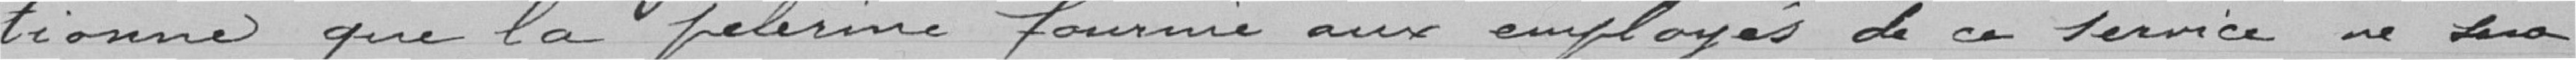
-tionne que la pèlerine fournie aux employés de ce service ne sera